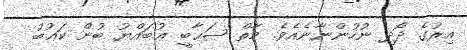
އިރުގެ ދޯދި ނުހުންނާނެއެވެ. މާތް ޞަޙާބީ ޢުބައްޔު ބުން ކަޢުބު